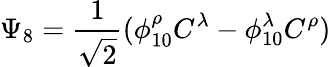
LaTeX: \Psi_{8}=\frac{1}{\sqrt{2}}(\phi_{10}^{\rho}C^{\lambda}-\phi_{10}^{\lambda}C^{\rho})